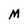
Character: M